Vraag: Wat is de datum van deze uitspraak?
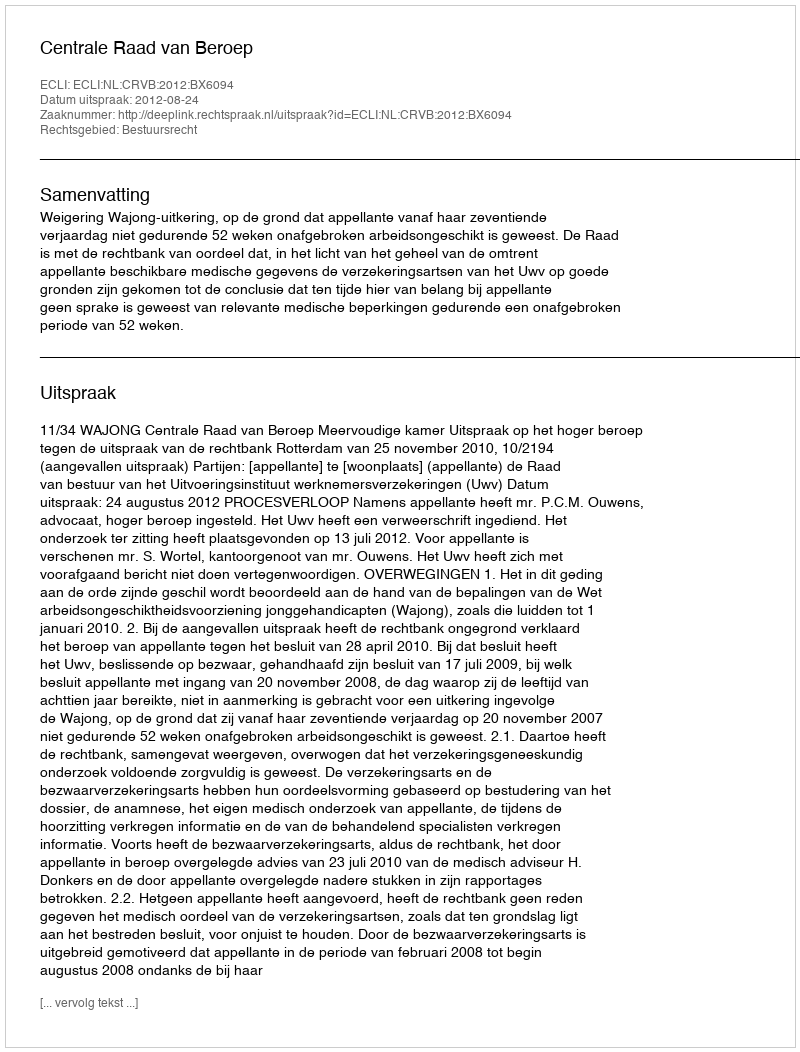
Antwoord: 2012-08-24